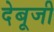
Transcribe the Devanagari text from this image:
देबूजी